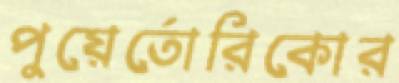
পুয়ের্তোরিকোর